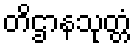
တိဌာနသုတ္တံ